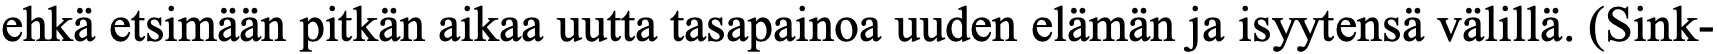
ehkä etsimään pitkän aikaa uutta tasapainoa uuden elämän ja isyytensä välillä. (Sink-